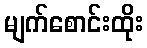
မျက်စောင်းထိုး